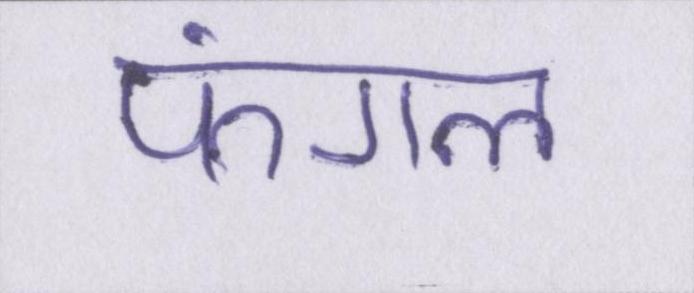
फंगल